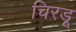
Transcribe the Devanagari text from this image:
चिरडू